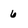
Character: 6